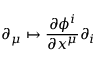
\quad \partial _ { \mu } \mapsto { \frac { \partial \phi ^ { i } } { \partial x ^ { \mu } } } \partial _ { i }